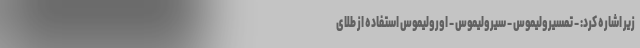
زیر اشاره کرد: - تمسیرولیموس - سیرولیموس - اورولیموس استفاده از طلای